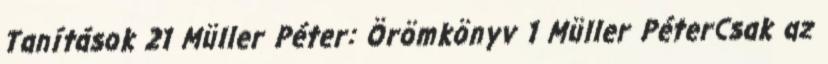
Tanítások 21 Müller Péter: Örömkönyv 1 Müller PéterCsak az